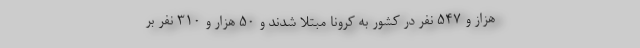
هزاز و ۵۴۷ نفر در کشور به کرونا مبتلا شدند و ۵۰ هزار و ۳۱۰ نفر بر